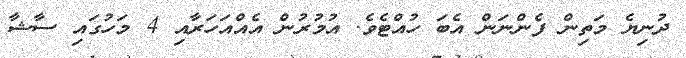
ދުނިޔެ މަތިން ފެންނަން އެބަ ހުއްޓެވެ. އުމުރުން އެއްއަހަރާއި 4 މަހުގައި ސާޝާ